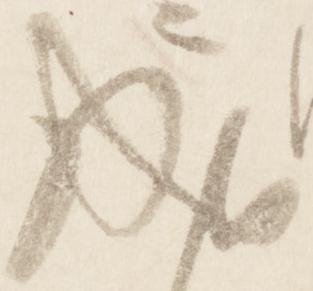
成